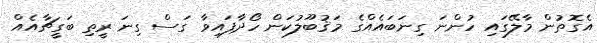
އެގޮތުން މާލޭގައި ހުންނަ ގިނަބައެއްގެ މަޤުބޫލުކަން ހޯދާފައިވާ ގަސް ގިނަ ރީތި ބަގީޗާއެއް